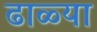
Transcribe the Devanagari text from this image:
ढाळ्या